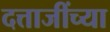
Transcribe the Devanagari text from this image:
दत्ताजींच्या